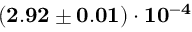
\mathbf { ( 2 . 9 2 \pm 0 . 0 1 ) \cdot 1 0 ^ { - 4 } }